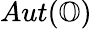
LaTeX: Aut(\mathbb{O})